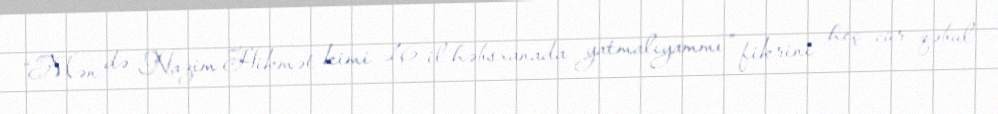
“Mən də Nazim Hikmət kimi 16 il həbsxanada yatmalıyammı” fikrini heç cür qəbul